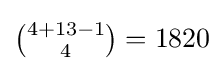
{\tbinom {4+13-1}{4}}=1820